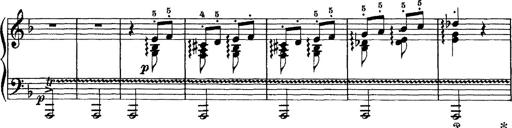
Title: Scherzo und Marsch
Composer: Franz Liszt